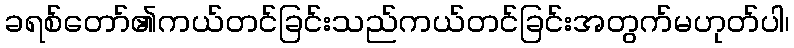
ခရစ်တော်၏ကယ်တင်ခြင်းသည်ကယ်တင်ခြင်းအတွက်မဟုတ်ပါ၊